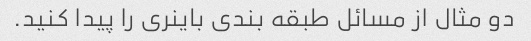
دو مثال از مسائل طبقه بندی باینری را پیدا کنید.